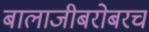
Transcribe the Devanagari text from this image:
बालाजीबरोबरच